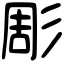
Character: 彫